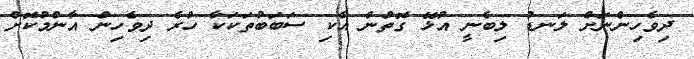
ދިވެހިންނަށް ލަނޑު ލިބެނީ އުޅޭ ގޮތުން އެކި ސަބަބުތަކަކާ ހުރެ ދިވެހިން އާންމުކޮށް